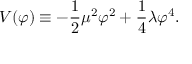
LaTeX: V ( \varphi ) \equiv - { \frac { 1 } { 2 } } \mu ^ { 2 } \varphi ^ { 2 } + { \frac { 1 } { 4 } } \lambda \varphi ^ { 4 } .